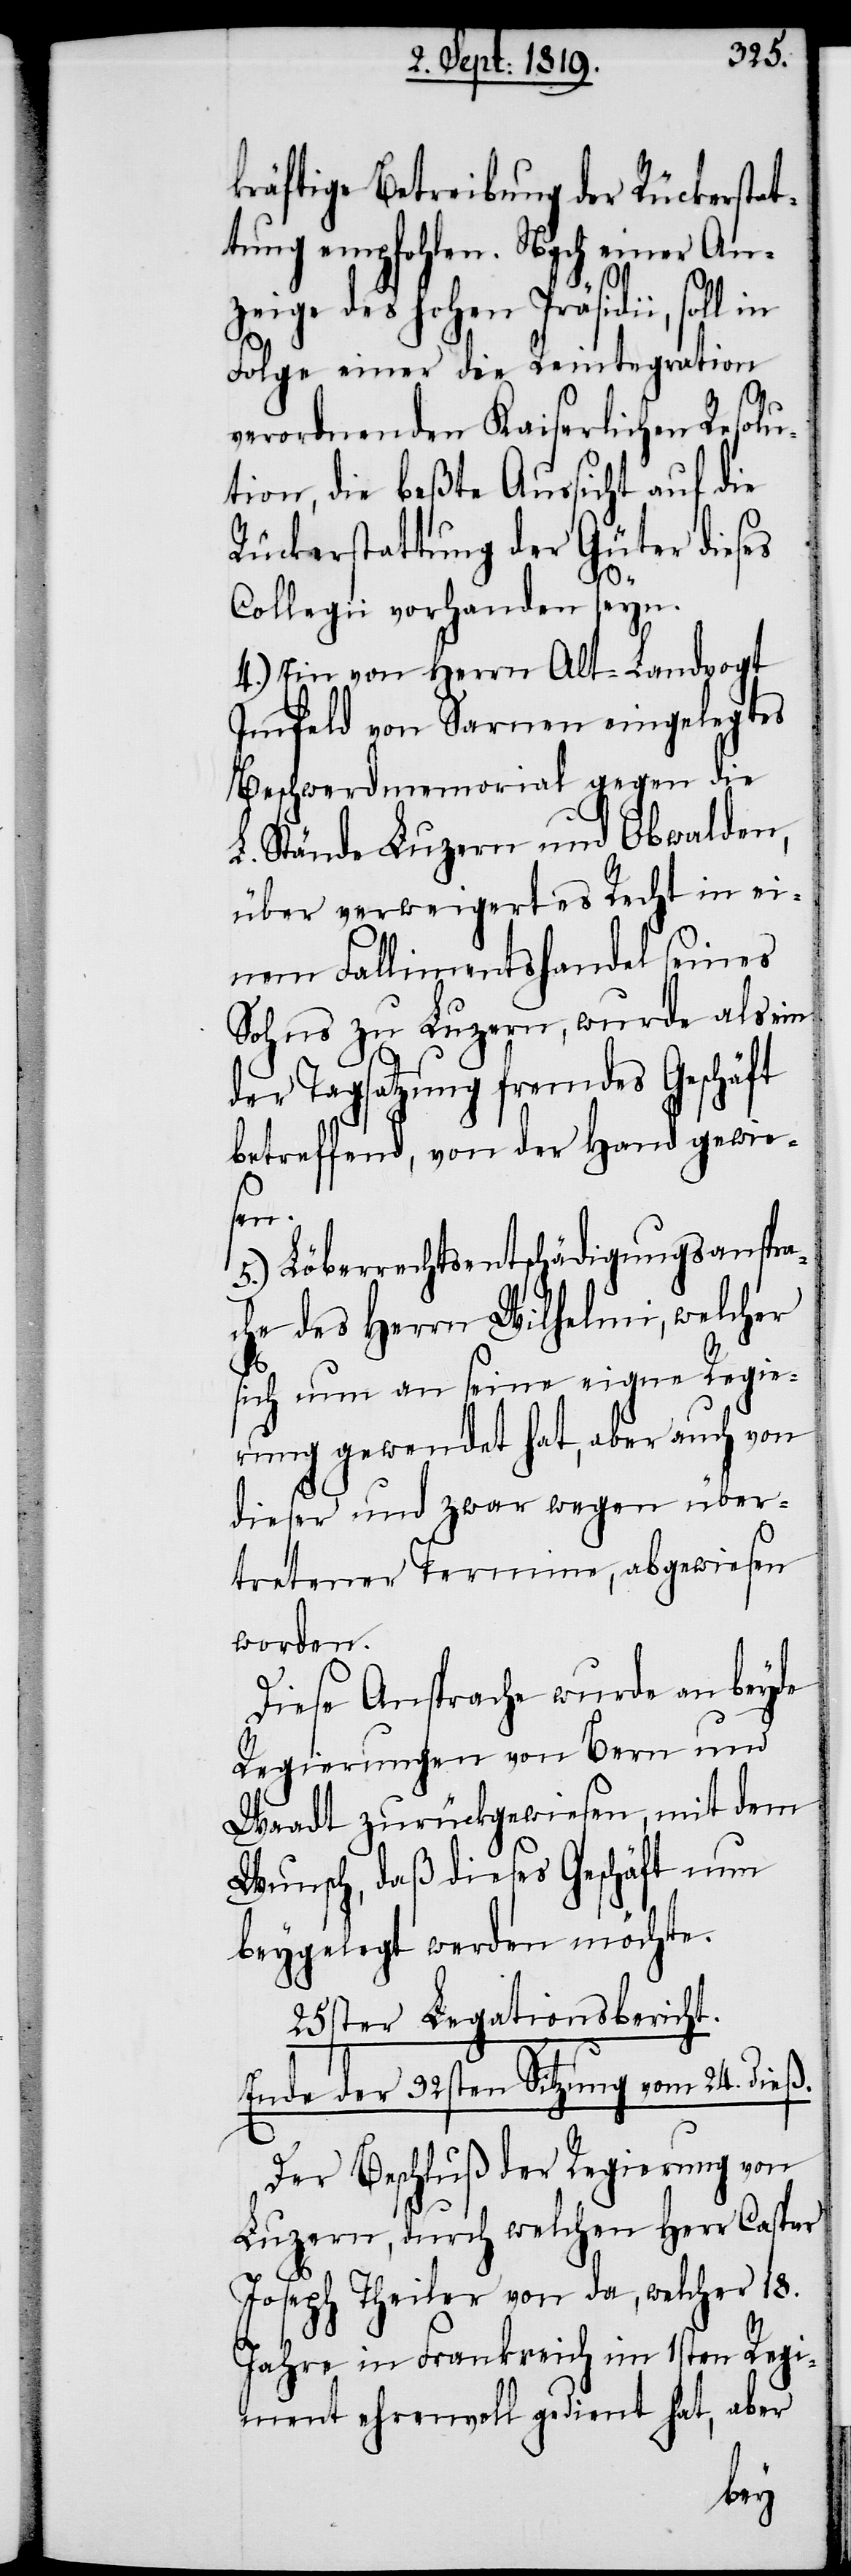
kräftige Betreibung der Rückerstat¬
tung empfohlen. Nach einer An¬
zeige des hohen Präsidii,
Folge einer die Reintegration
verordnenden Kaiserlichen Resolu¬
tion, die beßte Aussicht auf die
Rückerstattung der Güter dieses
Collegii vorhanden seyn.
4.) Ein von Herrn Alt-Landvogt
Imfeld von Sarnen eingelegtes
Beschwerdmemorial gegen die
L. Stände Luzern und Obwalden,
über verweigertes Recht in ei¬
nem Fallimentshandel seines
Sohns zu Luzern, wurde als ein
der Tagsatzung fremdes Geschäft
betreffend, von der Hand gewie¬
sen.
5.) Löberrechtsentschädigungsanspra¬
che des Herrn Wilhelmi, welcher
sich nun an seine eigne Regie¬
rung gewendet hat, aber auch von
dieser und zwar wegen über¬
tretener Termine, abgewiesen
worden.
Diese Ansprache wurde an beyde
Regierungen von Bern und
Waadt zurückgewiesen, mit dem
Wunsch, daß dieses Geschäft nun
beygelegt werden möchte.
25ster Legationsbericht.
Ende der 32sten Sitzung vom 24. dieß.
Der Beschluß der Regierung von
Luzern, durch welchen Herr Caspar
Joseph Theiler von da, welcher 18.
Jahre in Frankreich im 1sten Regi¬
ment ehrenvoll gedient hat, aber